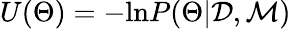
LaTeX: U(\Theta)=-\mathrm{ln}P(\Theta|\mathcal{D},\mathcal{M})